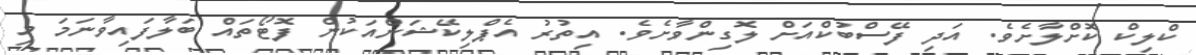
ކްލިކް ކޮށްލާށެވެ. އަދި ފޭސްބުކްއަށް ލޮގިންވާށެވެ. އިތުރު އެޕްލިކޭޝަންއަކުން ފޮޓޯތައް ބަލާފައިވާނަމަ މި